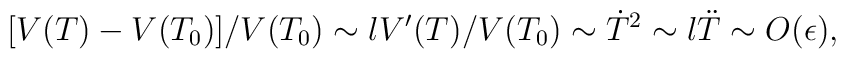
[V(T)-V(T_0)]/V(T_0)  \sim lV'(T)/V(T_0)  \sim \dot{T}^2  \sim l\ddot{T}  \sim O(\epsilon),